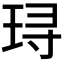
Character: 𬍤